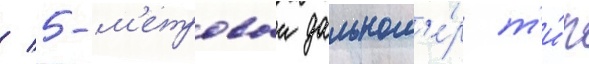
/ 5-м'етровыи дальном'е́р т'и́п